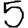
Digit: 5